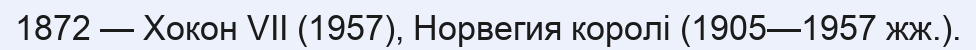
1872 — Хокон VII (1957), Норвегия королі (1905—1957 жж.).